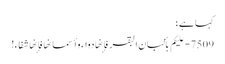
کہا ہے ؛
7509 - علیکم بألبان البقر فإنها دواء وأسمانها فإنها شفاء!